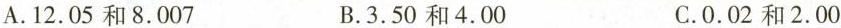
A.12.05和8.007 B.3.50和4.00 C.0.02和2.00